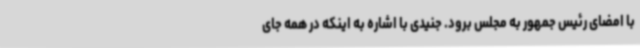
با امضای رئیس جمهور به مجلس برود. جنیدی با اشاره به اینکه در همه جای